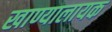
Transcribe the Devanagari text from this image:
खाण्यालायक